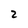
Character: 2